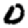
Digit: 0